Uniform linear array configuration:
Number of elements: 16
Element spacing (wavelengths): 0.5
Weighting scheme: hamming
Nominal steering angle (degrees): -60
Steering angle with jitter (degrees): -59.817
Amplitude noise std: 0.05
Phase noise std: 0.05

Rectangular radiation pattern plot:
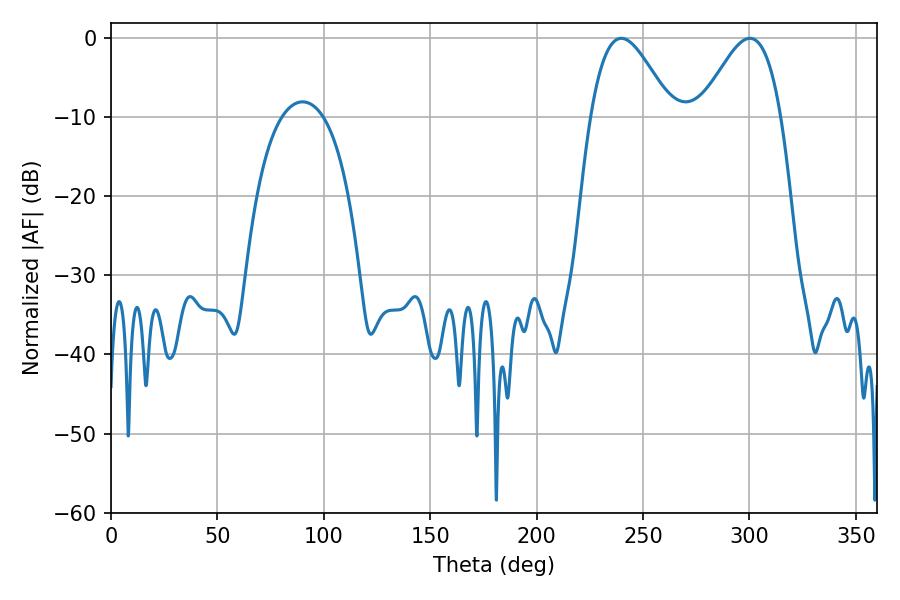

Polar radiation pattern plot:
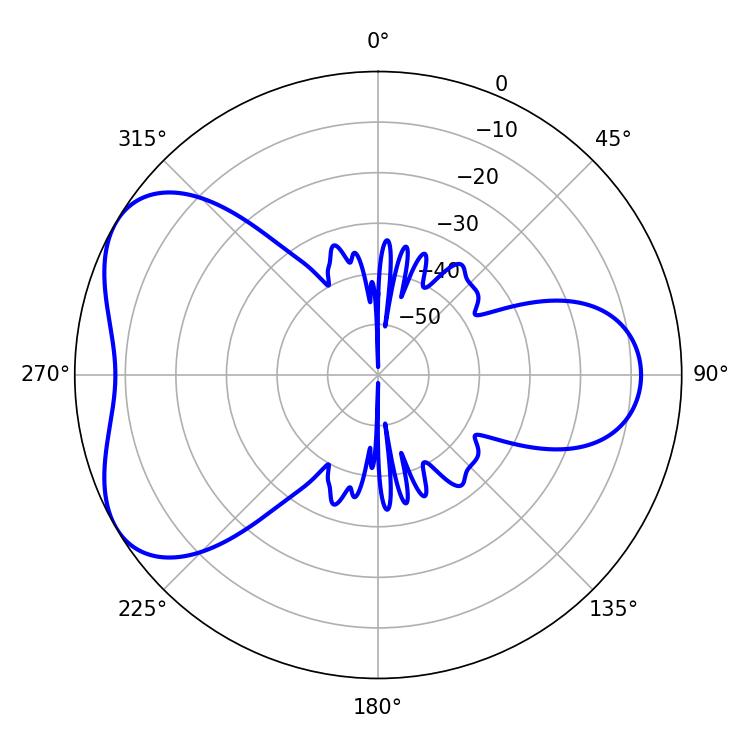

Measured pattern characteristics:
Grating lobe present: FALSE
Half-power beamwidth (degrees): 20.16
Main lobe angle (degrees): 239.76